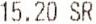
15.20 SR